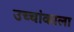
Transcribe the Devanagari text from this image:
उच्चांकाला